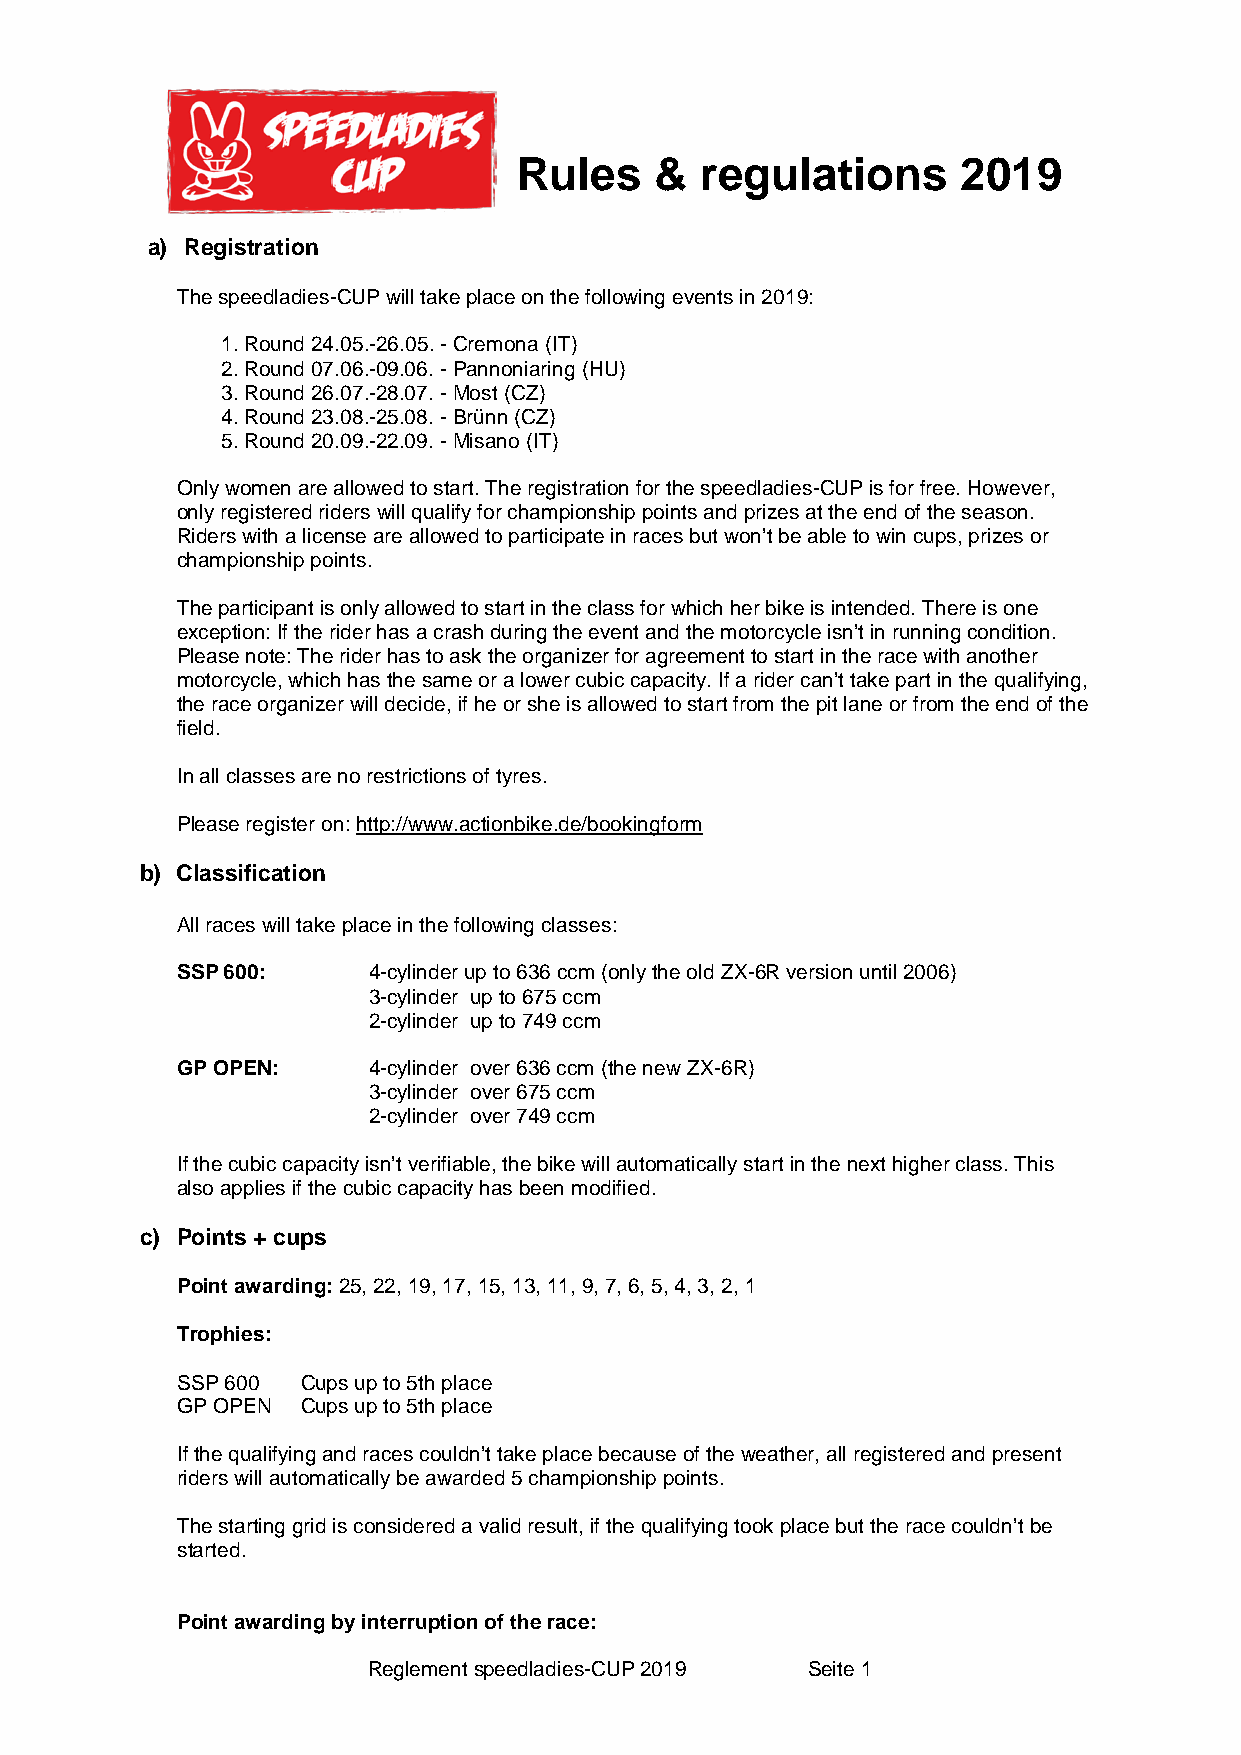
Rules    &  regulations       2019
 a) Registration
 The speedladies-CUP will take place on the following events in 2019:
 1.Round 24.05.-26.05. - Cremona (IT)
 2.Round 07.06.-09.06. - Pannoniaring (HU)
 3.Round 26.07.-28.07. - Most (CZ)
 4.Round 23.08.-25.08. - Brünn (CZ)
 5.Round 20.09.-22.09. - Misano (IT)
 Only women are allowed to start. The registration for the speedladies-CUP is for free. However,
 only registered riders will qualify for championship points and prizes at the end of the season.
 Riders with a license are allowed to participate in races but won’t be able to win cups, prizes or
 championship points.
 The participant is only allowed to start in the class for which her bike is intended. There is one
 exception: If the rider has a crash during the event and the motorcycle isn’t in running condition.
 Please note: The rider has to ask the organizer for agreement to start in the race with another
 motorcycle, which has the same or a lower cubic capacity. If a rider can’t take part in the qualifying,
 the race organizer will decide, if he or she is allowed to start from the pit lane or from the end of the
 field.
 In all classes are no restrictions of tyres.
 Please register on: http://www.actionbike.de/bookingform
 b) Classification
 All races will take place in the following classes:
 SSP 600:    4-cylinder up to 636 ccm (only the old ZX-6R version until 2006)
 3-cylinder up to 675 ccm
 2-cylinder up to 749 ccm
 GP OPEN:    4-cylinder over 636 ccm (the new ZX-6R)
 3-cylinder over 675 ccm
 2-cylinder over 749 ccm
 If the cubic capacity isn’t verifiable, the bike will automatically start in the next higher class. This
 also applies if the cubic capacity has been modified.
 c) Points + cups
 Point awarding: 25, 22, 19, 17, 15, 13, 11, 9, 7, 6, 5, 4, 3, 2, 1
 Trophies:
 SSP 600 Cups up to 5th place
 GP OPEN Cups up to 5th place
 If the qualifying and races couldn’t take place because of the weather, all registered and present
 riders will automatically be awarded 5 championship points.
 The starting grid is considered a valid result, if the qualifying took place but the race couldn’t be
 started.
 Point awarding by interruption of the race:
 Reglement speedladies-CUP 2019 Seite 1